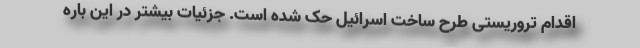
اقدام تروریستی طرح ساخت اسرائیل حک شده است. جزئیات بیشتر در این باره